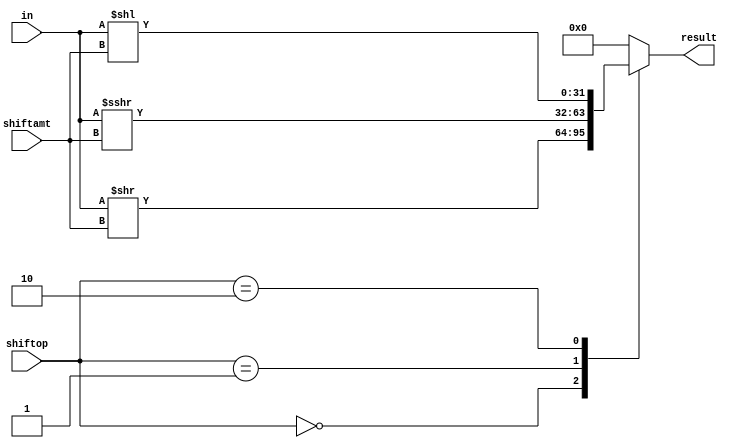
module Shifter(
	input [31:0] in,
	input [1:0] shiftop,
	input [4:0] shiftamt,
	output [31:0] result
);

	reg [31:0] result;
	always @(in or shiftamt or shiftop)
			begin
				case(shiftop)
					2'b00 : result <= in >> shiftamt;
					2'b01 : result <= in >>> shiftamt;
					2'b10 : result <= in << shiftamt;
					default : result <= 32'b0;
				endcase
			end
endmodule